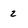
Character: 2